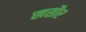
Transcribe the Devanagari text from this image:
खसौर